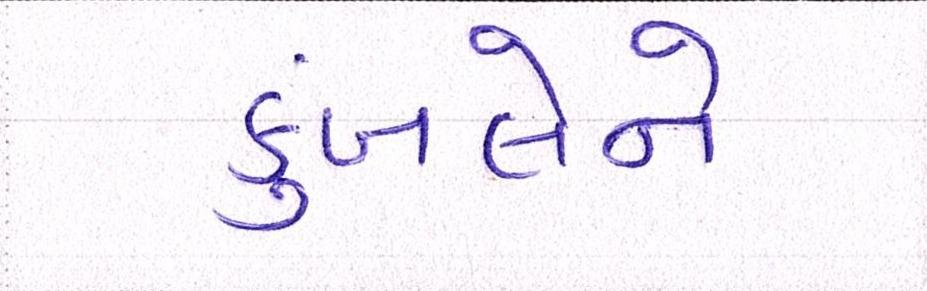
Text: કુંબલેને